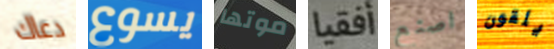
دعاك يسوع موتها أفقيا اصنع يلقون